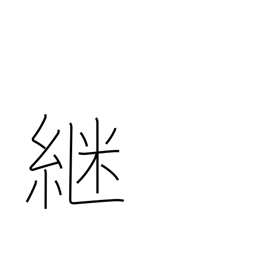
Meaning: continue